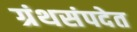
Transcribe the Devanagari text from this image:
ग्रंथसंपदेत